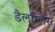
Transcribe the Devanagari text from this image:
डैलग्लिस